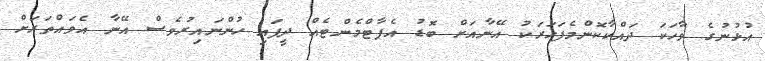
އުޅުނުގެ ވާހަކަ ދައްކާކޮންމެފަހަރަކު އޭނާއަށް ބޮޑު އެޕާޓްމެންޓެއް ދީފައި ހުންނައިރުވެސް އޭނާ އެވައްތަރަށް